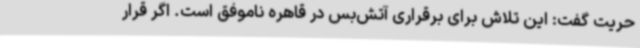
حریت گفت:‌ این تلاش برای برقراری آتش‌بس در قاهره ناموفق است. اگر قرار